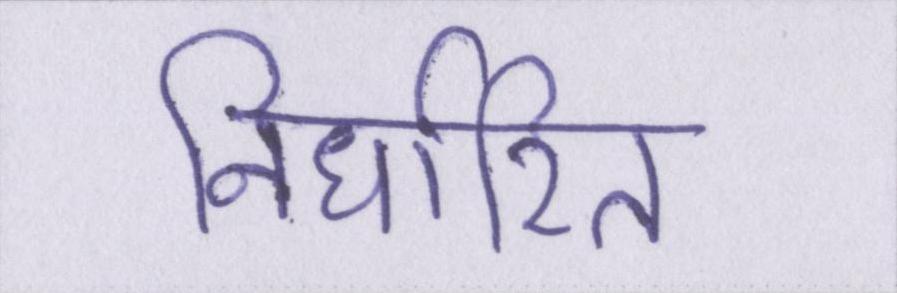
निर्धारित